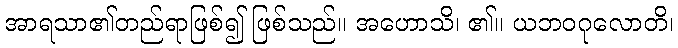
အာရသာ၏တည်ရာဖြစ်၍ ဖြစ်သည်။ အဟောသိ၊ ၏။ ယဘဝဂုလောတိ၊